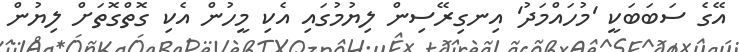
އޭގެ ސަބަބަކީ 'މުހައްމަދު' އިނގިރޭސިން ލިޔުމުގައި އެކި މީހުން އެކި ގޮތްގޮތަށް ލިޔުން